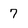
Character: 7